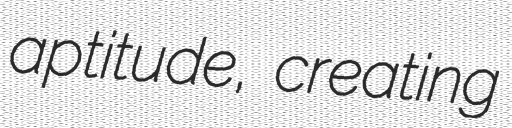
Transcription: aptitude, creating